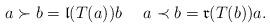
LaTeX: \begin{align*} a\succ b= \mathfrak{l}(T (a))b \ \ \ \ a\prec b= \mathfrak{r}(T (b))a.\end{align*}